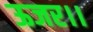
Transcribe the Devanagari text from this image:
ऊजर।।